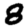
Digit: 8